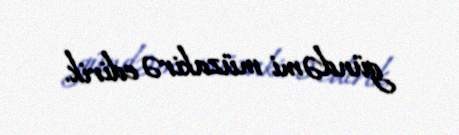
gündəmi müzakirə edirik.